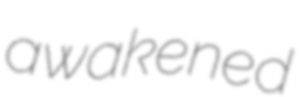
awakened